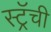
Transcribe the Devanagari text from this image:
स्ट्रॅची